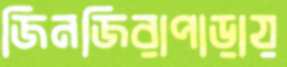
জিনজিরাপাড়ায়